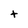
Character: t